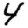
Digit: 4